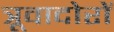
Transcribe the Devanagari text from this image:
त्रूवादोरों